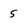
Character: 5